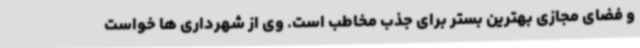
و فضای مجازی بهترین بستر برای جذب مخاطب است. وی از شهرداری ها خواست